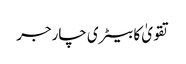
تقویٰ کا بیٹری چارجر